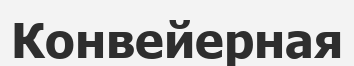
Конвейерная